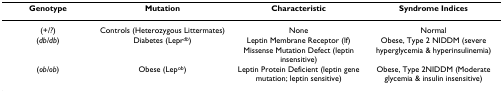
<table><thead><tr><td><b>Genotype</b></td><td><b>Mutation</b></td><td><b>Characteristic</b></td><td><b>Syndrome Indices</b></td></tr></thead><tbody><tr><td>(<i>+/?</i>)</td><td>Controls (Heterozygous Littermates)</td><td>None</td><td>Normal</td></tr><tr><td>(<i>db/db</i>)</td><td>Diabetes (Lepr<sup><i>db</i></sup>)</td><td>Leptin Membrane Receptor (lf) Missense Mutation Defect (leptin insensitive)</td><td>Obese, Type 2 NIDDM (severe hyperglycemia &amp; hyperinsulinemia)</td></tr><tr><td>(<i>ob/ob</i>)</td><td>Obese (Lep<sup>ob</sup>)</td><td>Leptin Protein Deficient (leptin gene mutation; leptin sensitive)</td><td>Obese, Type 2NIDDM (Moderate glycemia &amp; insulin insensitive)</td></tr></tbody></table>